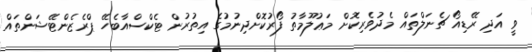
ވީ އަދި ރޭޑިއޯ ޗެނަލްތައް މެދުވެރިކޮށް މަޢުލޫމާތު ފޯރުކޮށްދިނުމުގެ އިތުރުން ޓެކްސްއާބެހޭ ޕްރެޒެންޓޭޝަންތައް